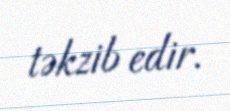
təkzib edir.